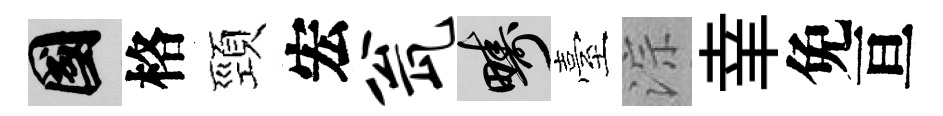
國格頸宏瓮疇臺淙𦍒免亘